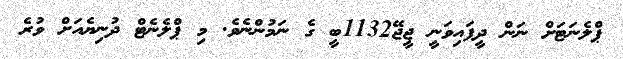
ޕްލެނަޓަށް ނަން ދީފައިވަނީ ޖީޖޭ1132ބީ ގެ ނަމުންނެވެ. މި ޕްލެނެޓް ދުނިޔެއަށް ވުރެ